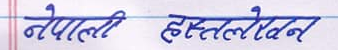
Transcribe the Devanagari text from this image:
नेपाली हस्तलेखन